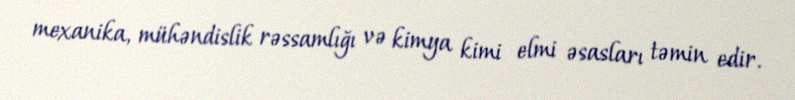
mexanika, mühəndislik rəssamlığı və kimya kimi elmi əsasları təmin edir.